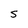
Character: S